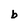
Character: b